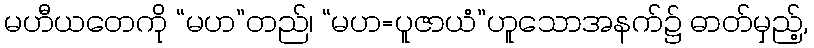
မဟီယတေကို “မဟ”တည်၊ “မဟ=ပူဇာယံ”ဟူသောအနက်၌ ဓာတ်မှည့်,